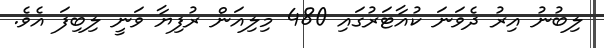
ލިބުނު އިރު ދެވަނަ ކުއާޓަރުގައި 480 މިލިއަން ރުފިޔާ ވަނީ ލިބިފަ އެވެ.